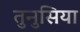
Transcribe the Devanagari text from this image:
तुनुसिया